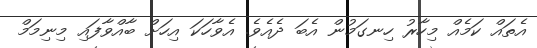
އެތައް ކަމެއް މިހާރު ހިނގަމުން އެބަ ދެއެވެ. އެވާހަކަ އިހަށް ބާއްވާފައި މިނިމަމް